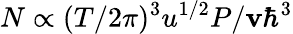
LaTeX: N\propto(T/2\pi)^{3}u^{1/2}P/\mathbf{v}\hbar^{3}